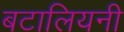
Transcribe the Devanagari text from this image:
बटालियनी